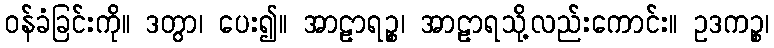
ဝန်ခံခြင်းကို။ ဒတွာ၊ ပေး၍။ အာဠာရဉ္စ၊ အာဠာရသို့လည်းကောင်း။ ဥဒကဉ္စ၊